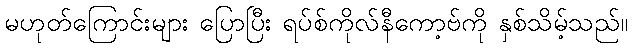
မဟုတ်ကြောင်းများ ပြောပြီး ရပ်စ်ကိုလ်နီကော့ဗ်ကို နှစ်သိမ့်သည်။